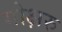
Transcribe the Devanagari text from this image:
गोक्षरु